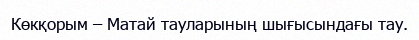
Көкқорым – Матай тауларының шығысындағы тау.